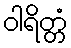
ဝါရိတ္တံ